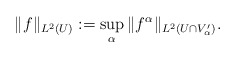
\begin{align*}\|f\|_{L^{2}(U)} := \sup_{\alpha} \|f^\alpha\|_{L^{2}(U\cap V'_{\alpha})}.\end{align*}